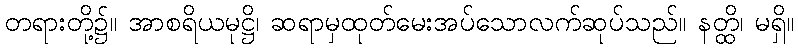
တရားတို့၌။ အာစရိယမုဋ္ဌိ၊ ဆရာမှထုတ်မေးအပ်သောလက်ဆုပ်သည်။ နတ္ထိ၊ မရှိ။